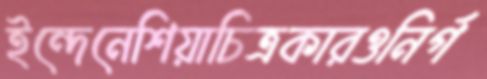
ইন্দেনেশিয়াচিত্রকারওনির্গ